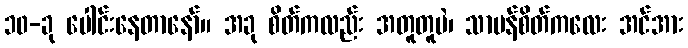
၁၀-ခု ပေါင်းနေတာနော်။ အခု စိတ်ကလည်း အတူတူပဲ၊ သာမန်စိတ်ကလေး အင်အား